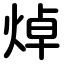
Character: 焯